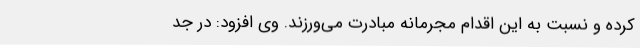
کرده و نسبت به این اقدام مجرمانه مبادرت می‌ورزند. وی افزود: در جد